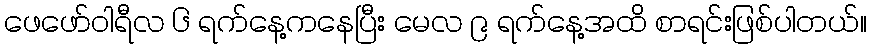
ဖေဖော်ဝါရီလ ၆ ရက်နေ့ကနေပြီး မေလ ၉ ရက်နေ့အထိ စာရင်းဖြစ်ပါတယ်။